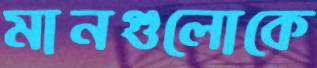
মানগুলোকে